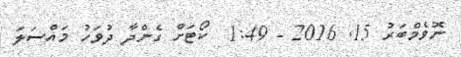
ނޮވެމްބަރު 15